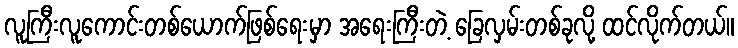
လူကြီးလူကောင်းတစ်ယောက်ဖြစ်ရေးမှာ အရေးကြီးတဲ့ ခြေလှမ်းတစ်ခုလို့ ထင်လိုက်တယ်။